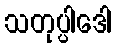
သတုပ္ပါဒေါ